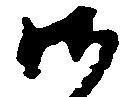
御